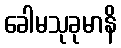
ခေါမသုခုမာနိ